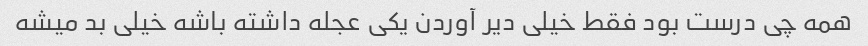
همه چی درست بود فقط خیلی دیر آوردن یکی عجله داشته باشه خیلی بد میشه